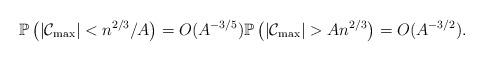
LaTeX: \begin{align*}\mathbb{P}\left(|\mathcal C_{\max}|< n^{2/3}/A\right)=O(A^{-3/5}) \mathbb{P}\left(|\mathcal C_{\max}|>An^{2/3}\right)= O(A^{-3/2}).\end{align*}